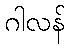
ဂါလန်